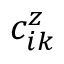
c _ { i k } ^ { z }